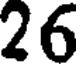
26